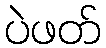
ပဲဖတ်